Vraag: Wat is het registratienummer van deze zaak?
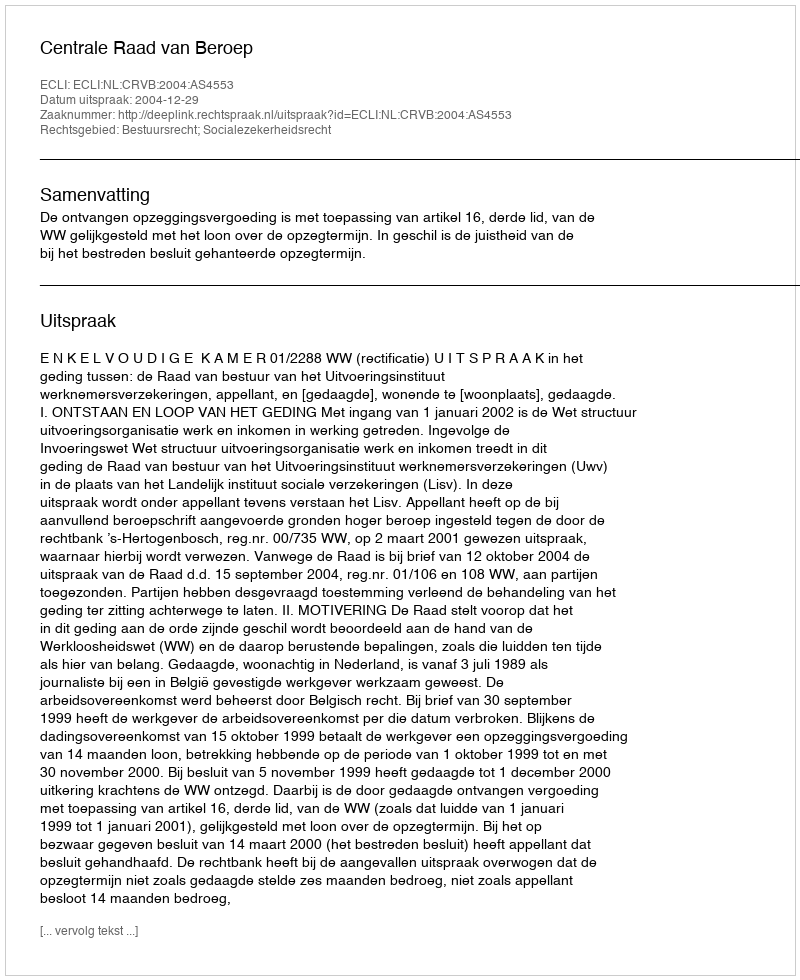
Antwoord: http://deeplink.rechtspraak.nl/uitspraak?id=ECLI:NL:CRVB:2004:AS4553